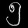
Digit: ၅